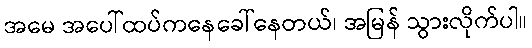
အမေ အပေါ်ထပ်ကနေခေါ်နေတယ်၊ အမြန် သွားလိုက်ပါ။